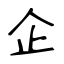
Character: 企